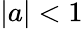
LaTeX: |a|<1